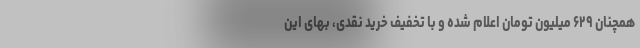
همچنان ۶۲۹ میلیون تومان اعلام شده و با تخفیف خرید نقدی، بهای این